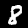
Label: 8